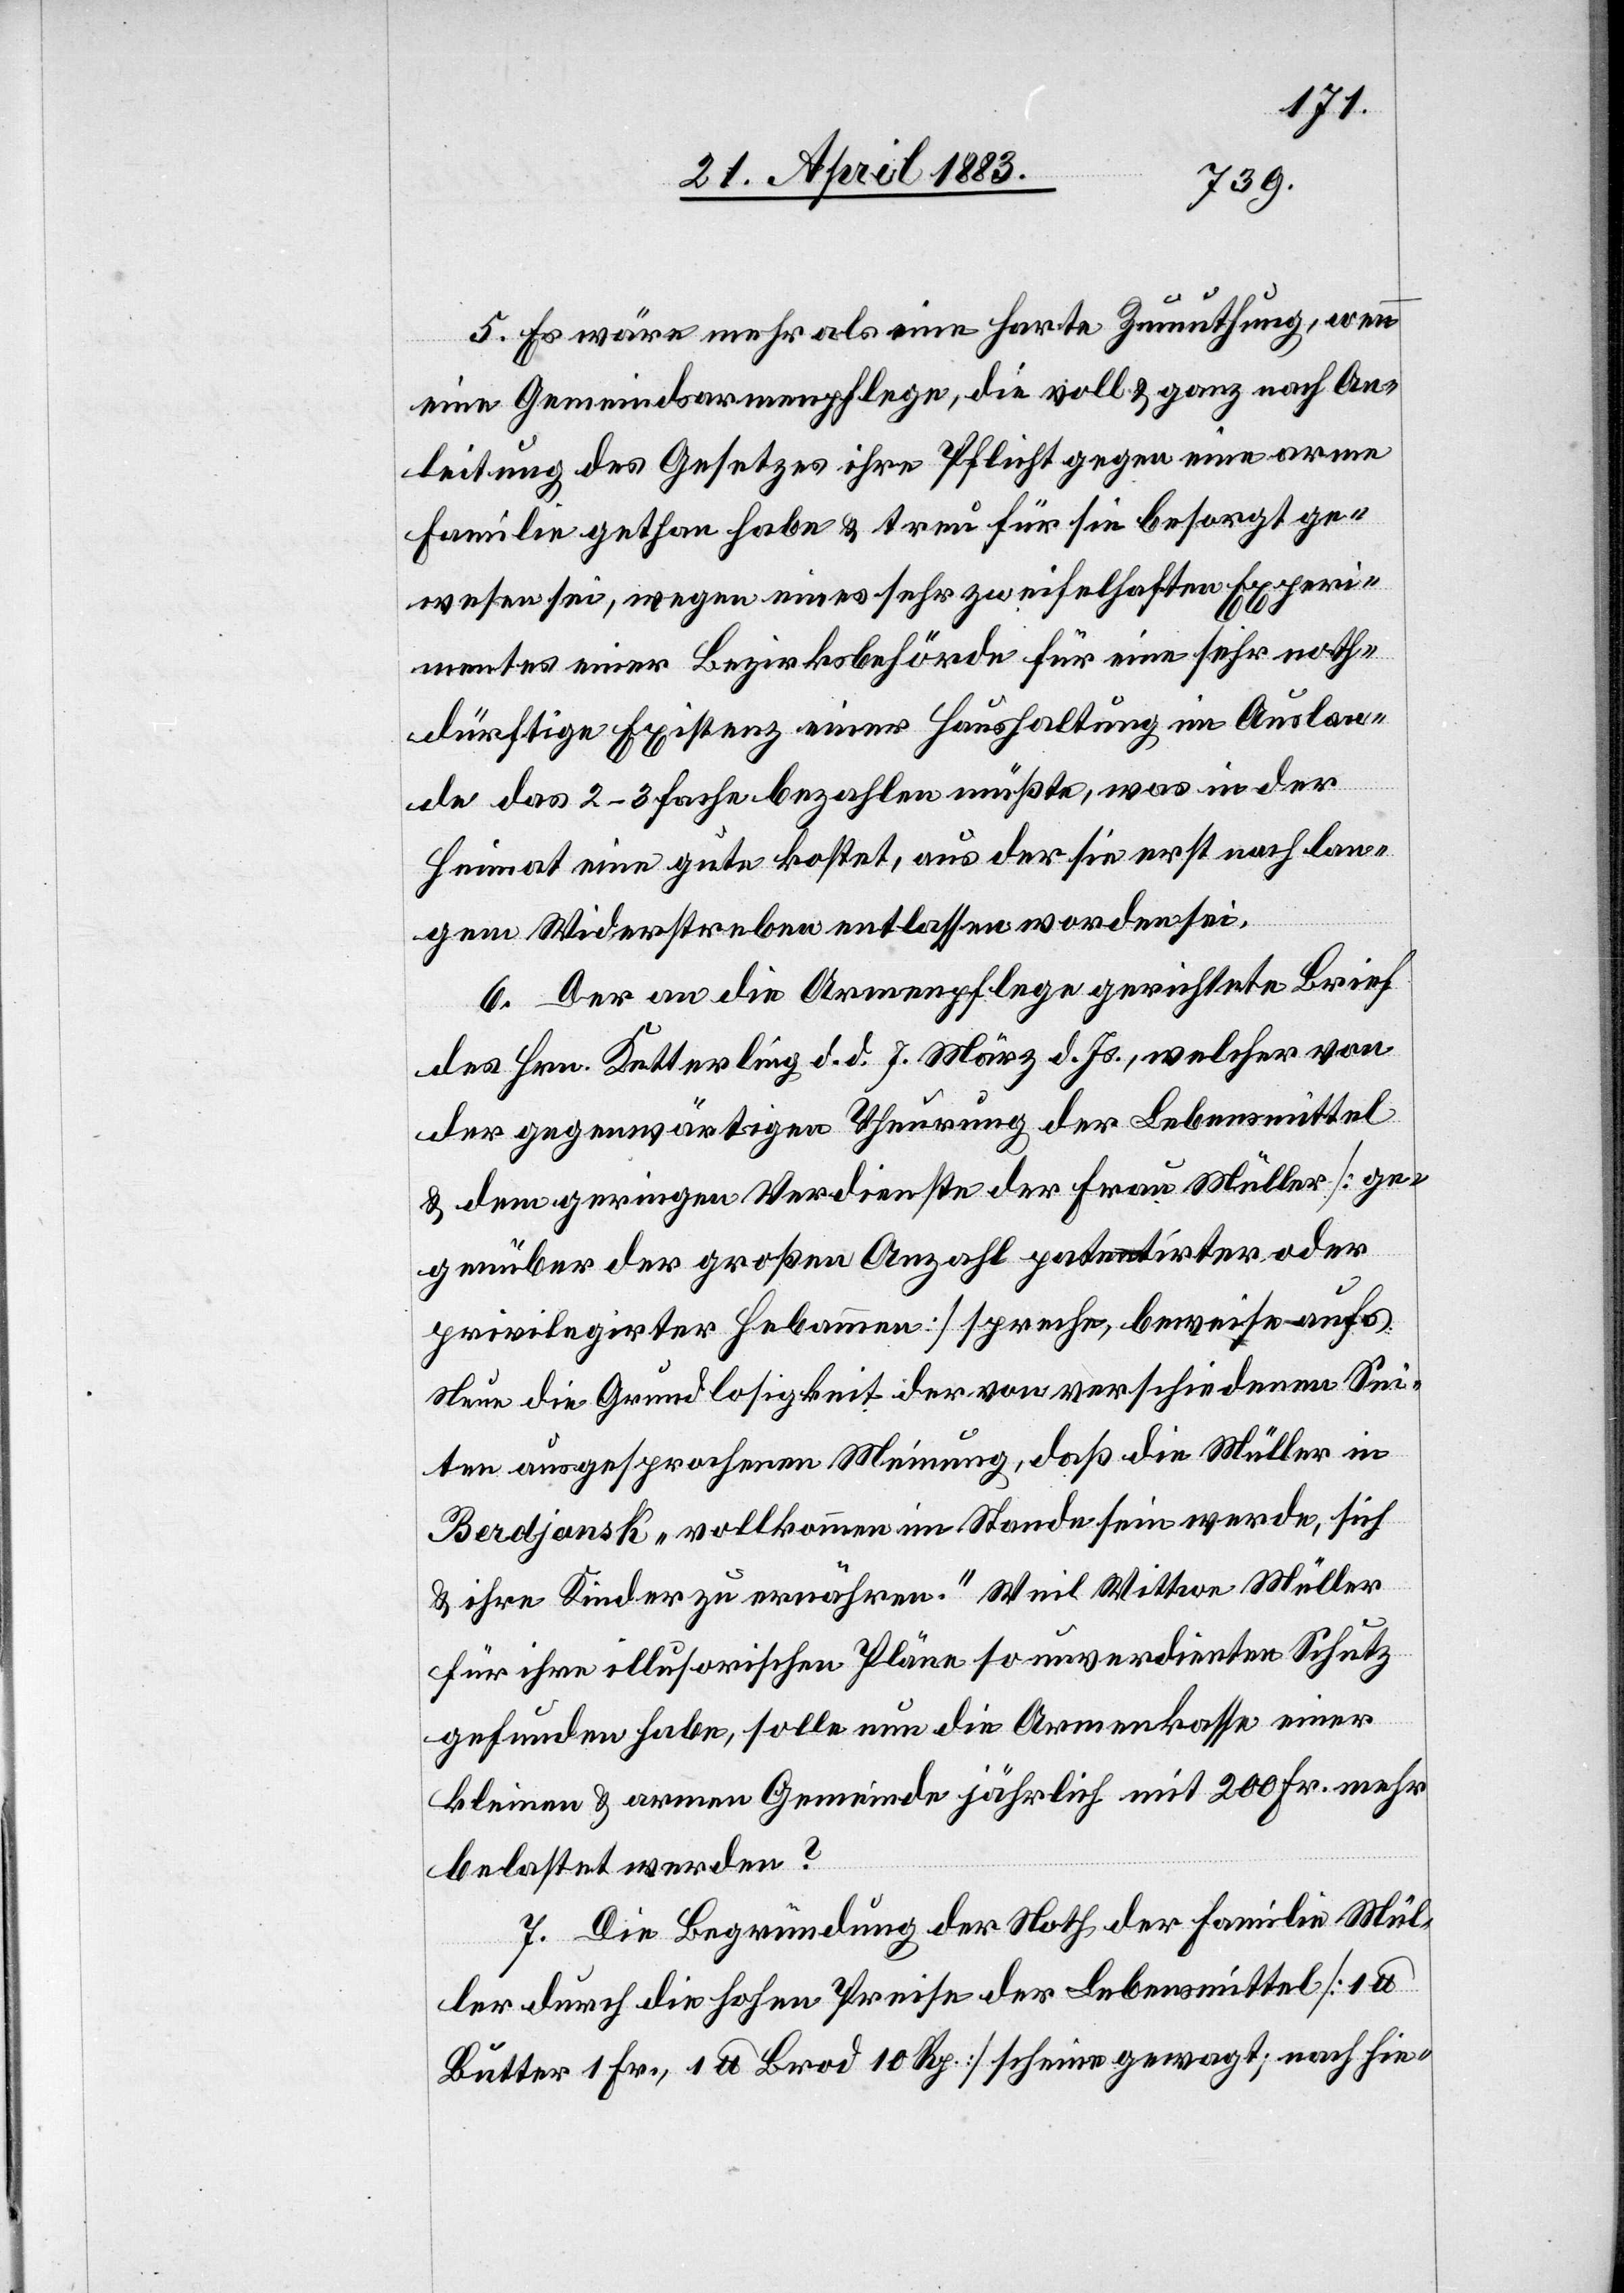
5. Es wäre mehr als eine harte Zumuthung, wenn
eine Gemeindsarmenpflege, die voll & ganz nach An¬
leitung des Gesetzes ihre Pflicht gegen eine arme
Familie gethan habe & treu für sie besorgt ge¬
wesen sei, wegen eines sehr zweifelhaften Experi¬
mentes einer Bezirksbehörde für eine sehr noth¬
dürftige Existenz einer Haushaltung im Auslan¬
de das 2–3 fache bezahlen müßte, was in der
Heimat eine gute kostet, aus der sie erst nach lan¬
gem Widerstreben entlassen worden sei.
6. Der an die Armenpflege gerichtete Brief
des Hrn. Ketterling d. d. 7. März d. Js., welcher von
der gegenwärtigen Theuerung der Lebensmittel
& dem geringen Verdienste der Frau Müller [ge¬
genüber der großen Anzahl patentirter oder
privilegirter Hebammen] spreche, beweise aufs
Neue die Grundlosigkeit der von verschiedenen Sei¬
ten ausgesprochenen Meinung, daß die Müller in
Berdjansk „vollkommen im Stande sein werde, sich
& ihre Kinder zu ernähren.“ Weil Wittwe Müller
für ihre illusorischen Pläne so unverdienten Schutz
gefunden habe, solle nun die Armenkasse einer
kleinen & armen Gemeinde jährlich mit 200 Fr. mehr
belastet werden?
7. Die Begründung der Noth der Familie Mül¬
ler durch die hohen Preise der Lebensmittel [1
Butter 1 Fr., 1 lb Brod 10 Rp.] scheine gewagt; nach hie-